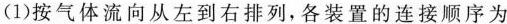
(1)按气体流向从左到右排列，各装置的连接顺序为